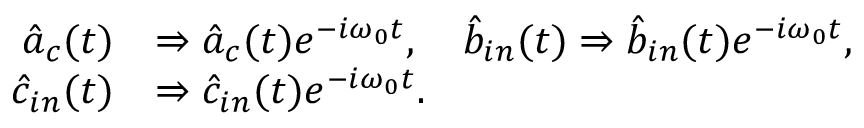
\begin{array} { r l } { \hat { a } _ { c } ( t ) } & { \Rightarrow \hat { a } _ { c } ( t ) e ^ { - i \omega _ { 0 } t } , \quad \hat { b } _ { i n } ( t ) \Rightarrow \hat { b } _ { i n } ( t ) e ^ { - i \omega _ { 0 } t } , } \\ { \hat { c } _ { i n } ( t ) } & { \Rightarrow \hat { c } _ { i n } ( t ) e ^ { - i \omega _ { 0 } t } . } \end{array}